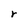
Character: r